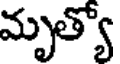
మృత్యో